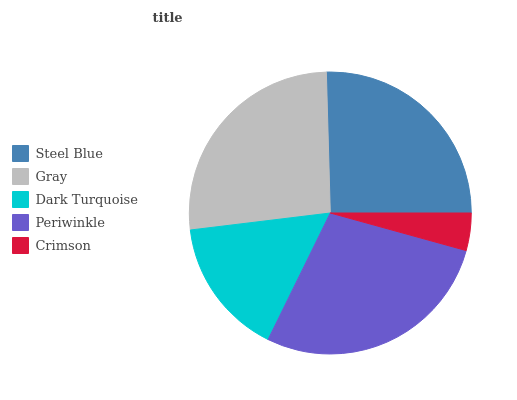
| Steel Blue | Gray | Dark Turquoise | Periwinkle | Crimson |
 | --- | --- | --- | --- | --- |
 | 25.5% | 26.4% | 15.8% | 28% | 4.3% |